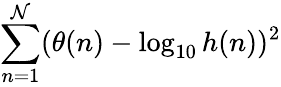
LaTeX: \sum_{n=1}^{\mathcal{N}}(\theta(n)-\log_{10}h(n))^{2}